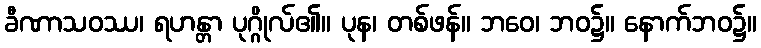
ခီဏာသဝဿ၊ ရဟန္တာ ပုဂ္ဂိုလ်၏။ ပုန၊ တစ်ဖန်။ ဘဝေ၊ ဘဝ၌။ နောက်ဘဝ၌။